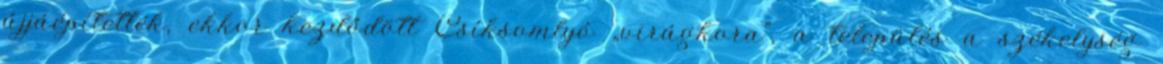
újjáépítették, ekkor kezdődött Csíksomlyó „virágkora”, a település a székelység